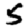
Digit: 5